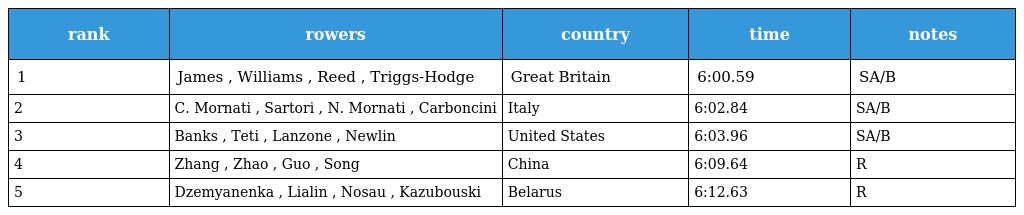
| rank | rowers | country | time | notes |
 | --- | --- | --- | --- | --- |
 | 1 | James , Williams , Reed , Triggs-Hodge | Great Britain | 6:00.59 | SA/B |
 | 2 | C. Mornati , Sartori , N. Mornati , Carboncini | Italy | 6:02.84 | SA/B |
 | 3 | Banks , Teti , Lanzone , Newlin | United States | 6:03.96 | SA/B |
 | 4 | Zhang , Zhao , Guo , Song | China | 6:09.64 | R |
 | 5 | Dzemyanenka , Lialin , Nosau , Kazubouski | Belarus | 6:12.63 | R |